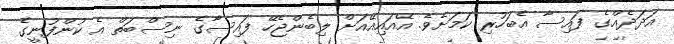
އަދަދެއްގެ ފައިސާ އެބަހުރި ކަމަށެވެ. އޭއައިއޭއަށް ލިބެންޖެހޭ ފައިސާގެ ނިސްބަތް އެ ކުންފުނީގެ